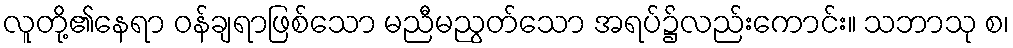
လူတို့၏နေရာ ဝန်ချရာဖြစ်သော မညီမညွတ်သော အရပ်၌လည်းကောင်း။ သဘာသု စ၊